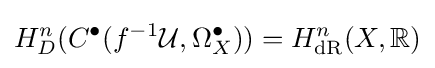
H_{D}^{n}(C^{\bullet }(f^{-1}{\mathcal {U}},\Omega _{X}^{\bullet }))=H_{\text{dR}}^{n}(X,\mathbb {R} )